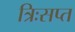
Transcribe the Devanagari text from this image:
त्रिःसप्त